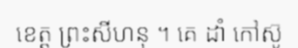
ខេត្ត ព្រះសីហនុ ។ គេ ដាំ កៅស៊ូ